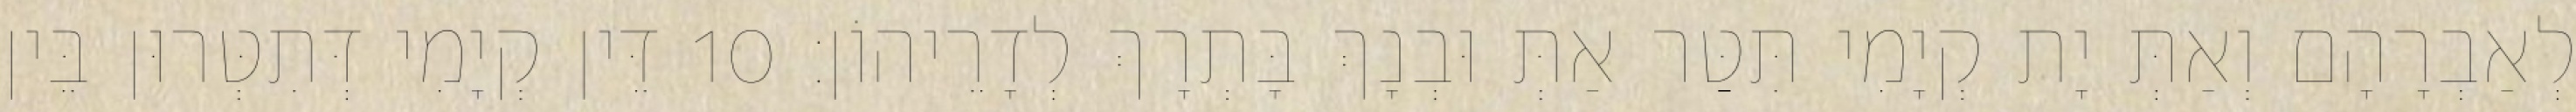
לְאַבְרָהָם וְאַתְּ יָת קְיָמִי תִּטַּר אַתְּ וּבְנָךְ בָּתְרָךְ לְדָרֵיהוֹן׃ 10 דֵּין קְיָמִי דְּתִטְּרוּן בֵּין